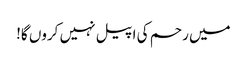
میں رحم کی اپیل نہیں کروں گا!